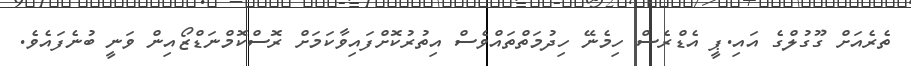
ތެރެއަށް ގޫގުލްގެ އައި.ޕީ އެޑްރެސް ހިމެނޭ ހިދުމަތްތައްވެސް އިތުރުކޮށްފައިވާކަމަށް ރޮސްކޮމްނަޑްޒޯއިން ވަނީ ބުނެފައެވެ.